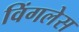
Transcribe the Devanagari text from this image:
विंगलेस